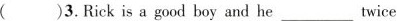
( )3. Rick is a good boy and he___twice